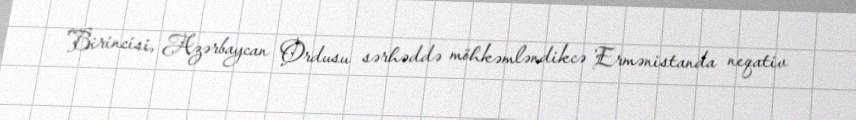
Birincisi, Azərbaycan Ordusu sərhəddə möhkəmləndikcə Ermənistanda neqativ